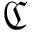
\mathfrak { C }